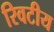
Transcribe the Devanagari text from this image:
रिवटीय